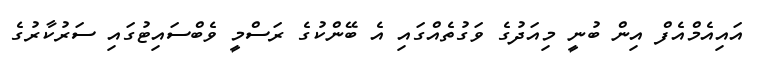
އައިއެމްއެފް އިން ބުނީ މިއަދުގެ ވަގުތެއްގައި އެ ބޭންކުގެ ރަސްމީ ވެބްސައިޓުގައި ސަރުކާރުގެ